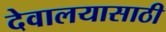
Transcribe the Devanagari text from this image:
देवालयासाठी